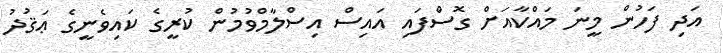
އަދި ފަހުން މީނަ މައްކާއަށް ގޮސްފައި އައިސް އިސްލާމްވުމުން ކުރީގެ ކައިވެނީގެ ޢަޤުދު